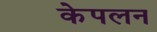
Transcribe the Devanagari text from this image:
केपलन